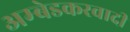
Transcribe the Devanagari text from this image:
अम्‍बेडकरवादी